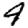
Digit: 4